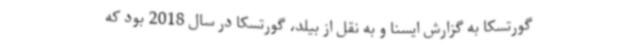
گورتسکا به گزارش ایسنا و به نقل از بیلد، گورتسکا در سال 2018 بود که